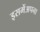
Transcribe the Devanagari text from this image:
इसमेंअपना